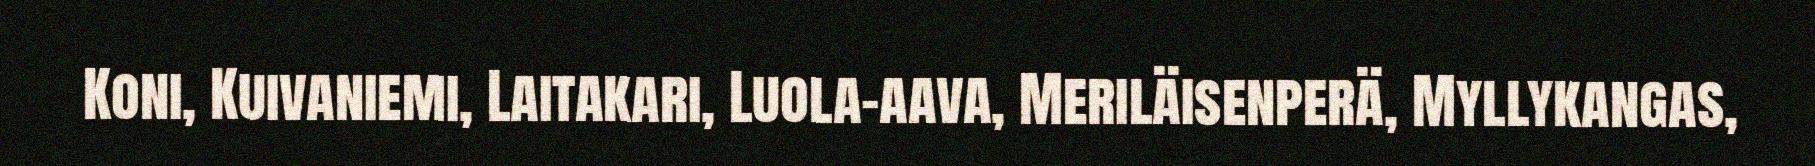
Koni, Kuivaniemi, Laitakari, Luola-aava, Meriläisenperä, Myllykangas,